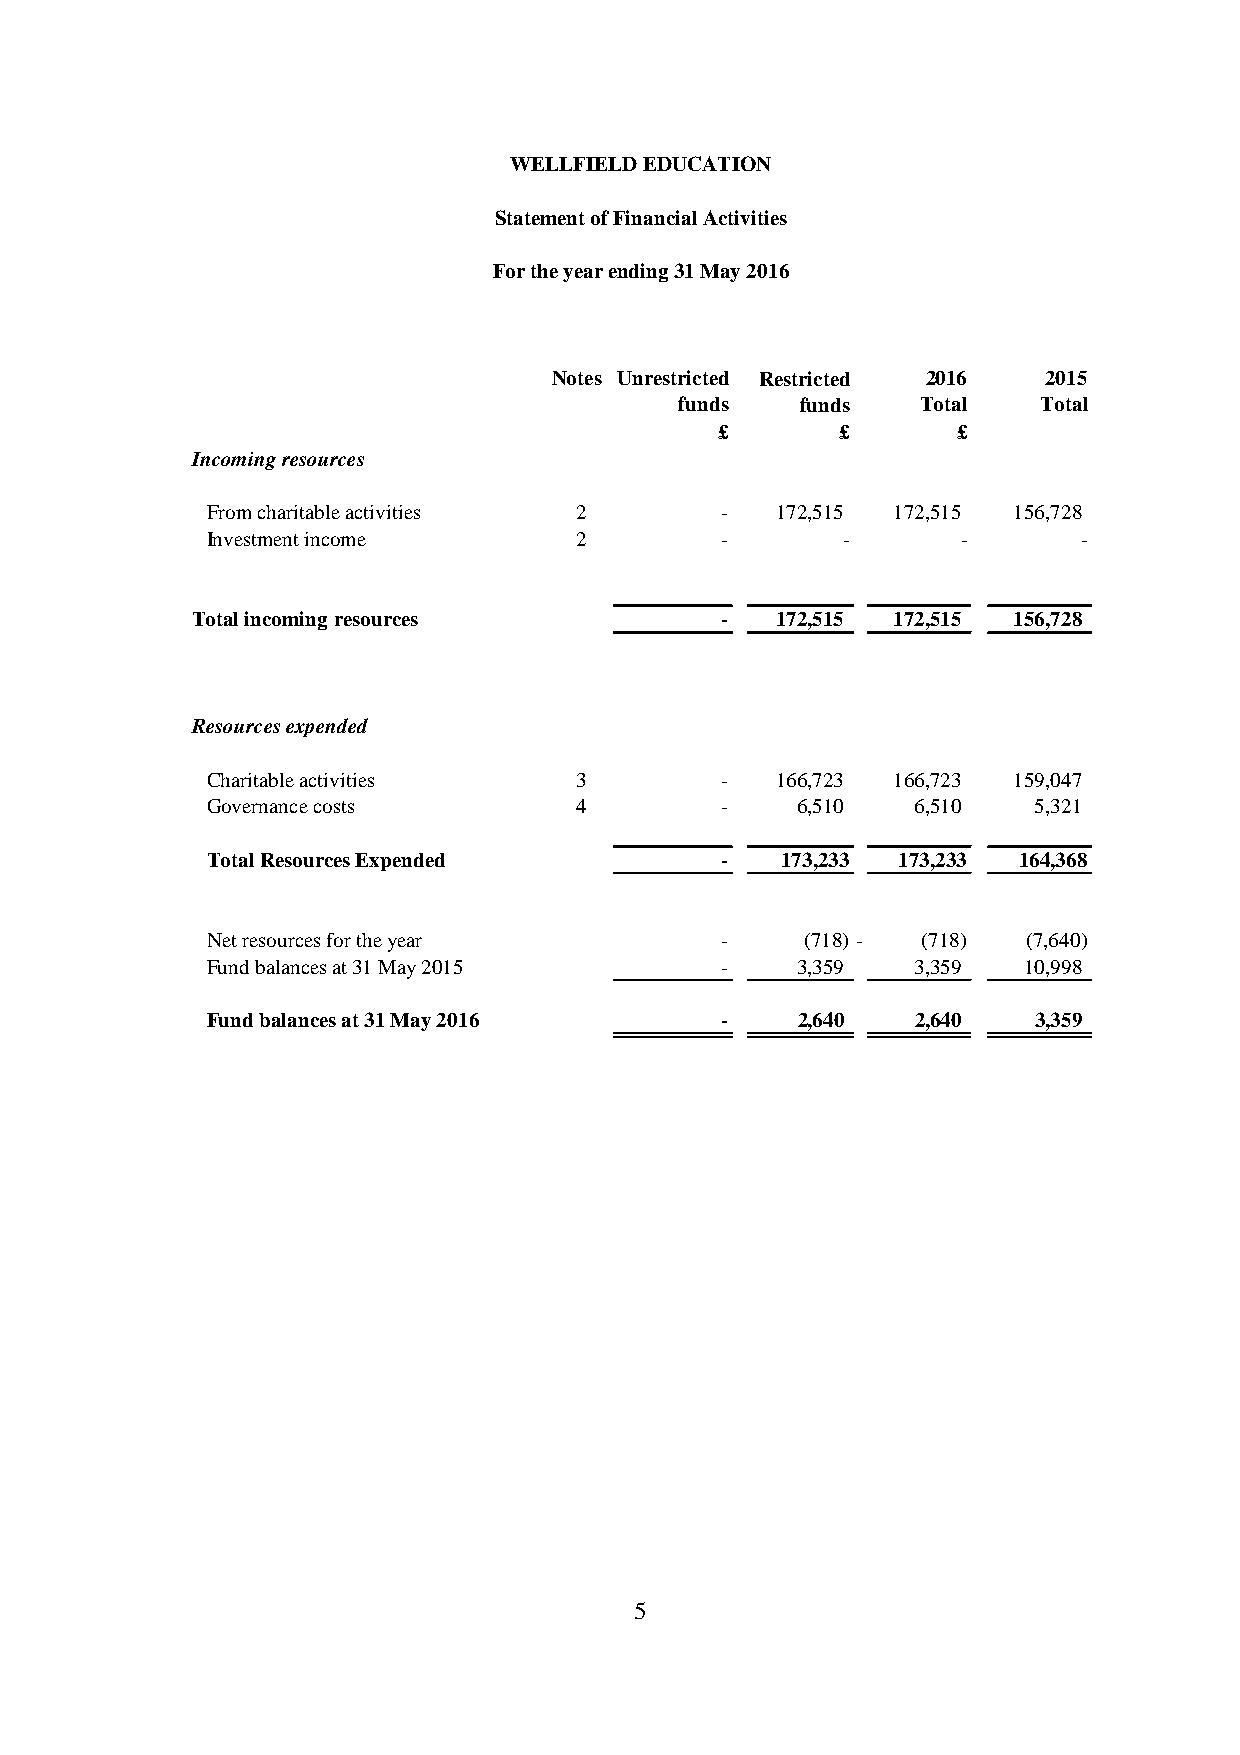
WELLFIELD EDUCATION
 Statement of Financial Activities
 For the year ending 31 May 2016
 Notes Unrestricted Restricted 2016 2015
 funds   funds   Total   Total
 £       £      £
 Incoming resources
 From charitable activities 2      -  172,515 172,515 156,728
 Investment income       2         -       -       -       -
 Total incoming resources           -  172,515 172,515 156,728
 Resources expended
 Charitable activities   3         -  166,723 166,723 159,047
 Governance costs        4         -    6,510   6,510   5,321
 Total Resources Expended          -   173,233 173,233 164,368
 Net resources for the year        -    (718) - (718)  (7,640)
 Fund balances at 31 May 2015      -    3,359   3,359  10,998
 Fund balances at 31 May 2016      -    2,640   2,640   3,359
 5